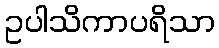
ဥပါသိကာပရိသာ